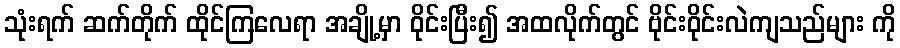
သုံးရက် ဆက်တိုက် ထိုင်ကြလေရာ အချို့မှာ ဝိုင်းပြီး၍ အထလိုက်တွင် ဗိုင်းဝိုင်းလဲကျသည်များ ကို